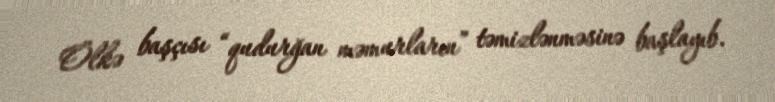
Ölkə başçısı “qudurğan məmurların” təmizlənməsinə başlayıb.